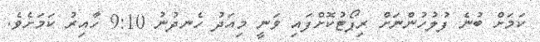
ކަމަށް ބުނެ ފުލުހުންނަށް ރިިޕޯޓުކޮށްފައި ވަނީ މިއަދު ހެނދުނު 9:10 ހާއިރު ކަމަށެވެ.